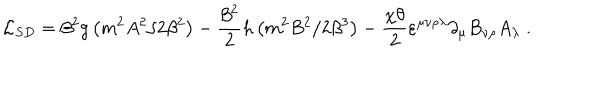
{ \mathcal { L } _ { S D } } = \beta ^ { 2 } g \left( m ^ { 2 } A ^ { 2 } / 2 \beta ^ { 2 } \right) - \frac { \beta ^ { 2 } } 2 h \left( m ^ { 2 } B ^ { 2 } / 2 \beta ^ { 3 } \right) - \frac { \chi \theta } { 2 } \varepsilon ^ { \mu \nu \rho \lambda } \partial _ { \mu } B _ { \nu \rho } A _ { \lambda } \; .